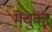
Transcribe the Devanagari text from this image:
मेंचुका